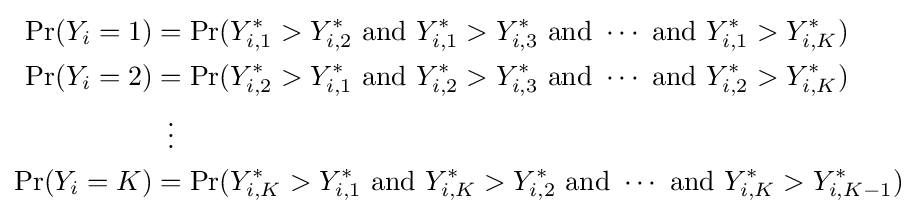
{\begin{aligned}\Pr(Y_{i}=1)&=\Pr(Y_{i,1}^{\ast }>Y_{i,2}^{\ast }{\text{ and }}Y_{i,1}^{\ast }>Y_{i,3}^{\ast }{\text{ and }}\cdots {\text{ and }}Y_{i,1}^{\ast }>Y_{i,K}^{\ast })\\\Pr(Y_{i}=2)&=\Pr(Y_{i,2}^{\ast }>Y_{i,1}^{\ast }{\text{ and }}Y_{i,2}^{\ast }>Y_{i,3}^{\ast }{\text{ and }}\cdots {\text{ and }}Y_{i,2}^{\ast }>Y_{i,K}^{\ast })\\&\,\,\,\vdots \\\Pr(Y_{i}=K)&=\Pr(Y_{i,K}^{\ast }>Y_{i,1}^{\ast }{\text{ and }}Y_{i,K}^{\ast }>Y_{i,2}^{\ast }{\text{ and }}\cdots {\text{ and }}Y_{i,K}^{\ast }>Y_{i,K-1}^{\ast })\\\end{aligned}}